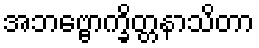
အဘဗ္ဗောက္ခိတ္တနာသိတာ